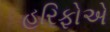
હરિફોએ